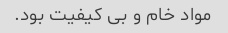
مواد خام و بی کیفیت بود.